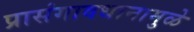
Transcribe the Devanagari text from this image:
प्रासंगावधानामुळे